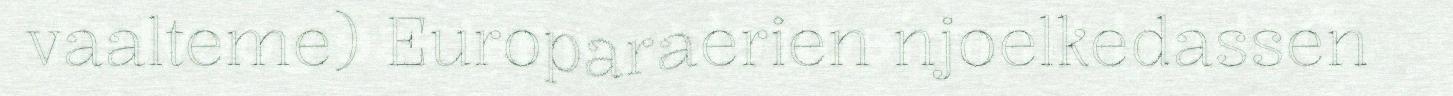
vaalteme) Europaraerien njoelkedassen